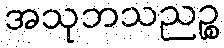
အသုဘသညဉ္စ